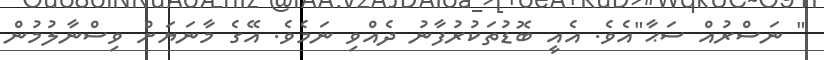
" ނަސްރުއް ސަޙާ"އެވެ. އެއީ ބޮޑުތަކުރުފާނު ދެއްވި ނަމެވެ. އޭގެ މާނަޔަށް ވިސްނާލުމުން